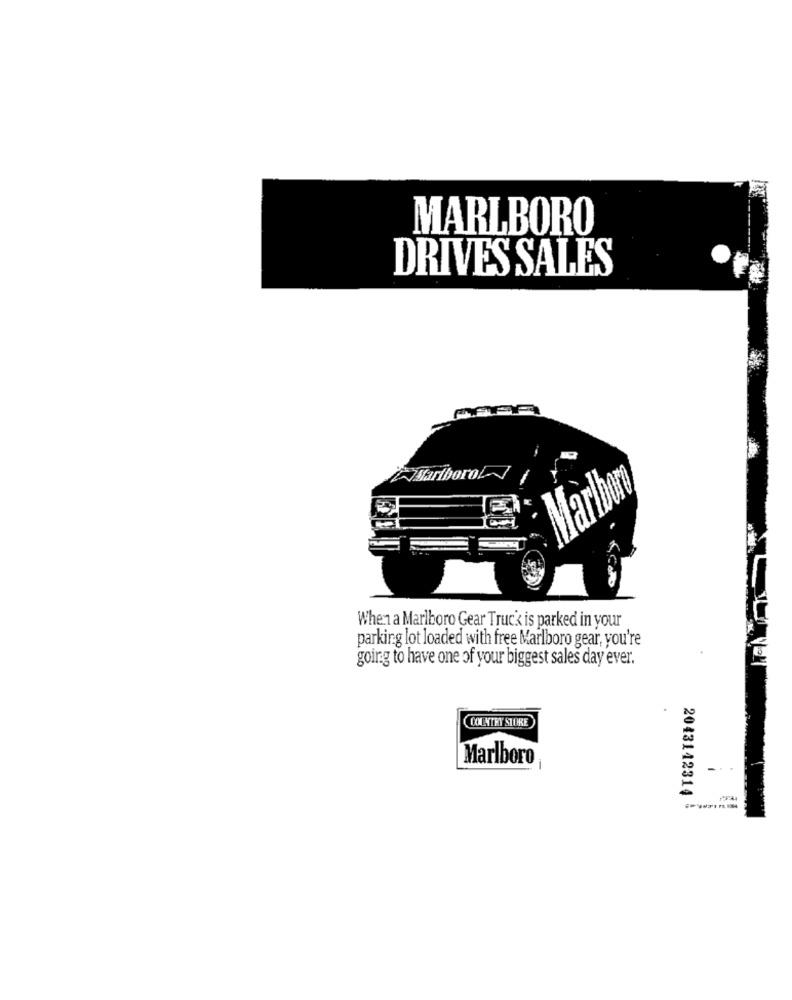
MARLBORO
DRIVES SALES
Mariborol-
Marlboro
When a Marlboro Gear Truck is parked in your
parking lot loaded with free Marlboro gear, you're
going to have one of your biggest sales day ever.
.
COMCYTRY STORE
Marlboro
2043112314